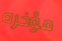
مؤخره